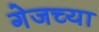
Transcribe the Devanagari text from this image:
गेजच्या